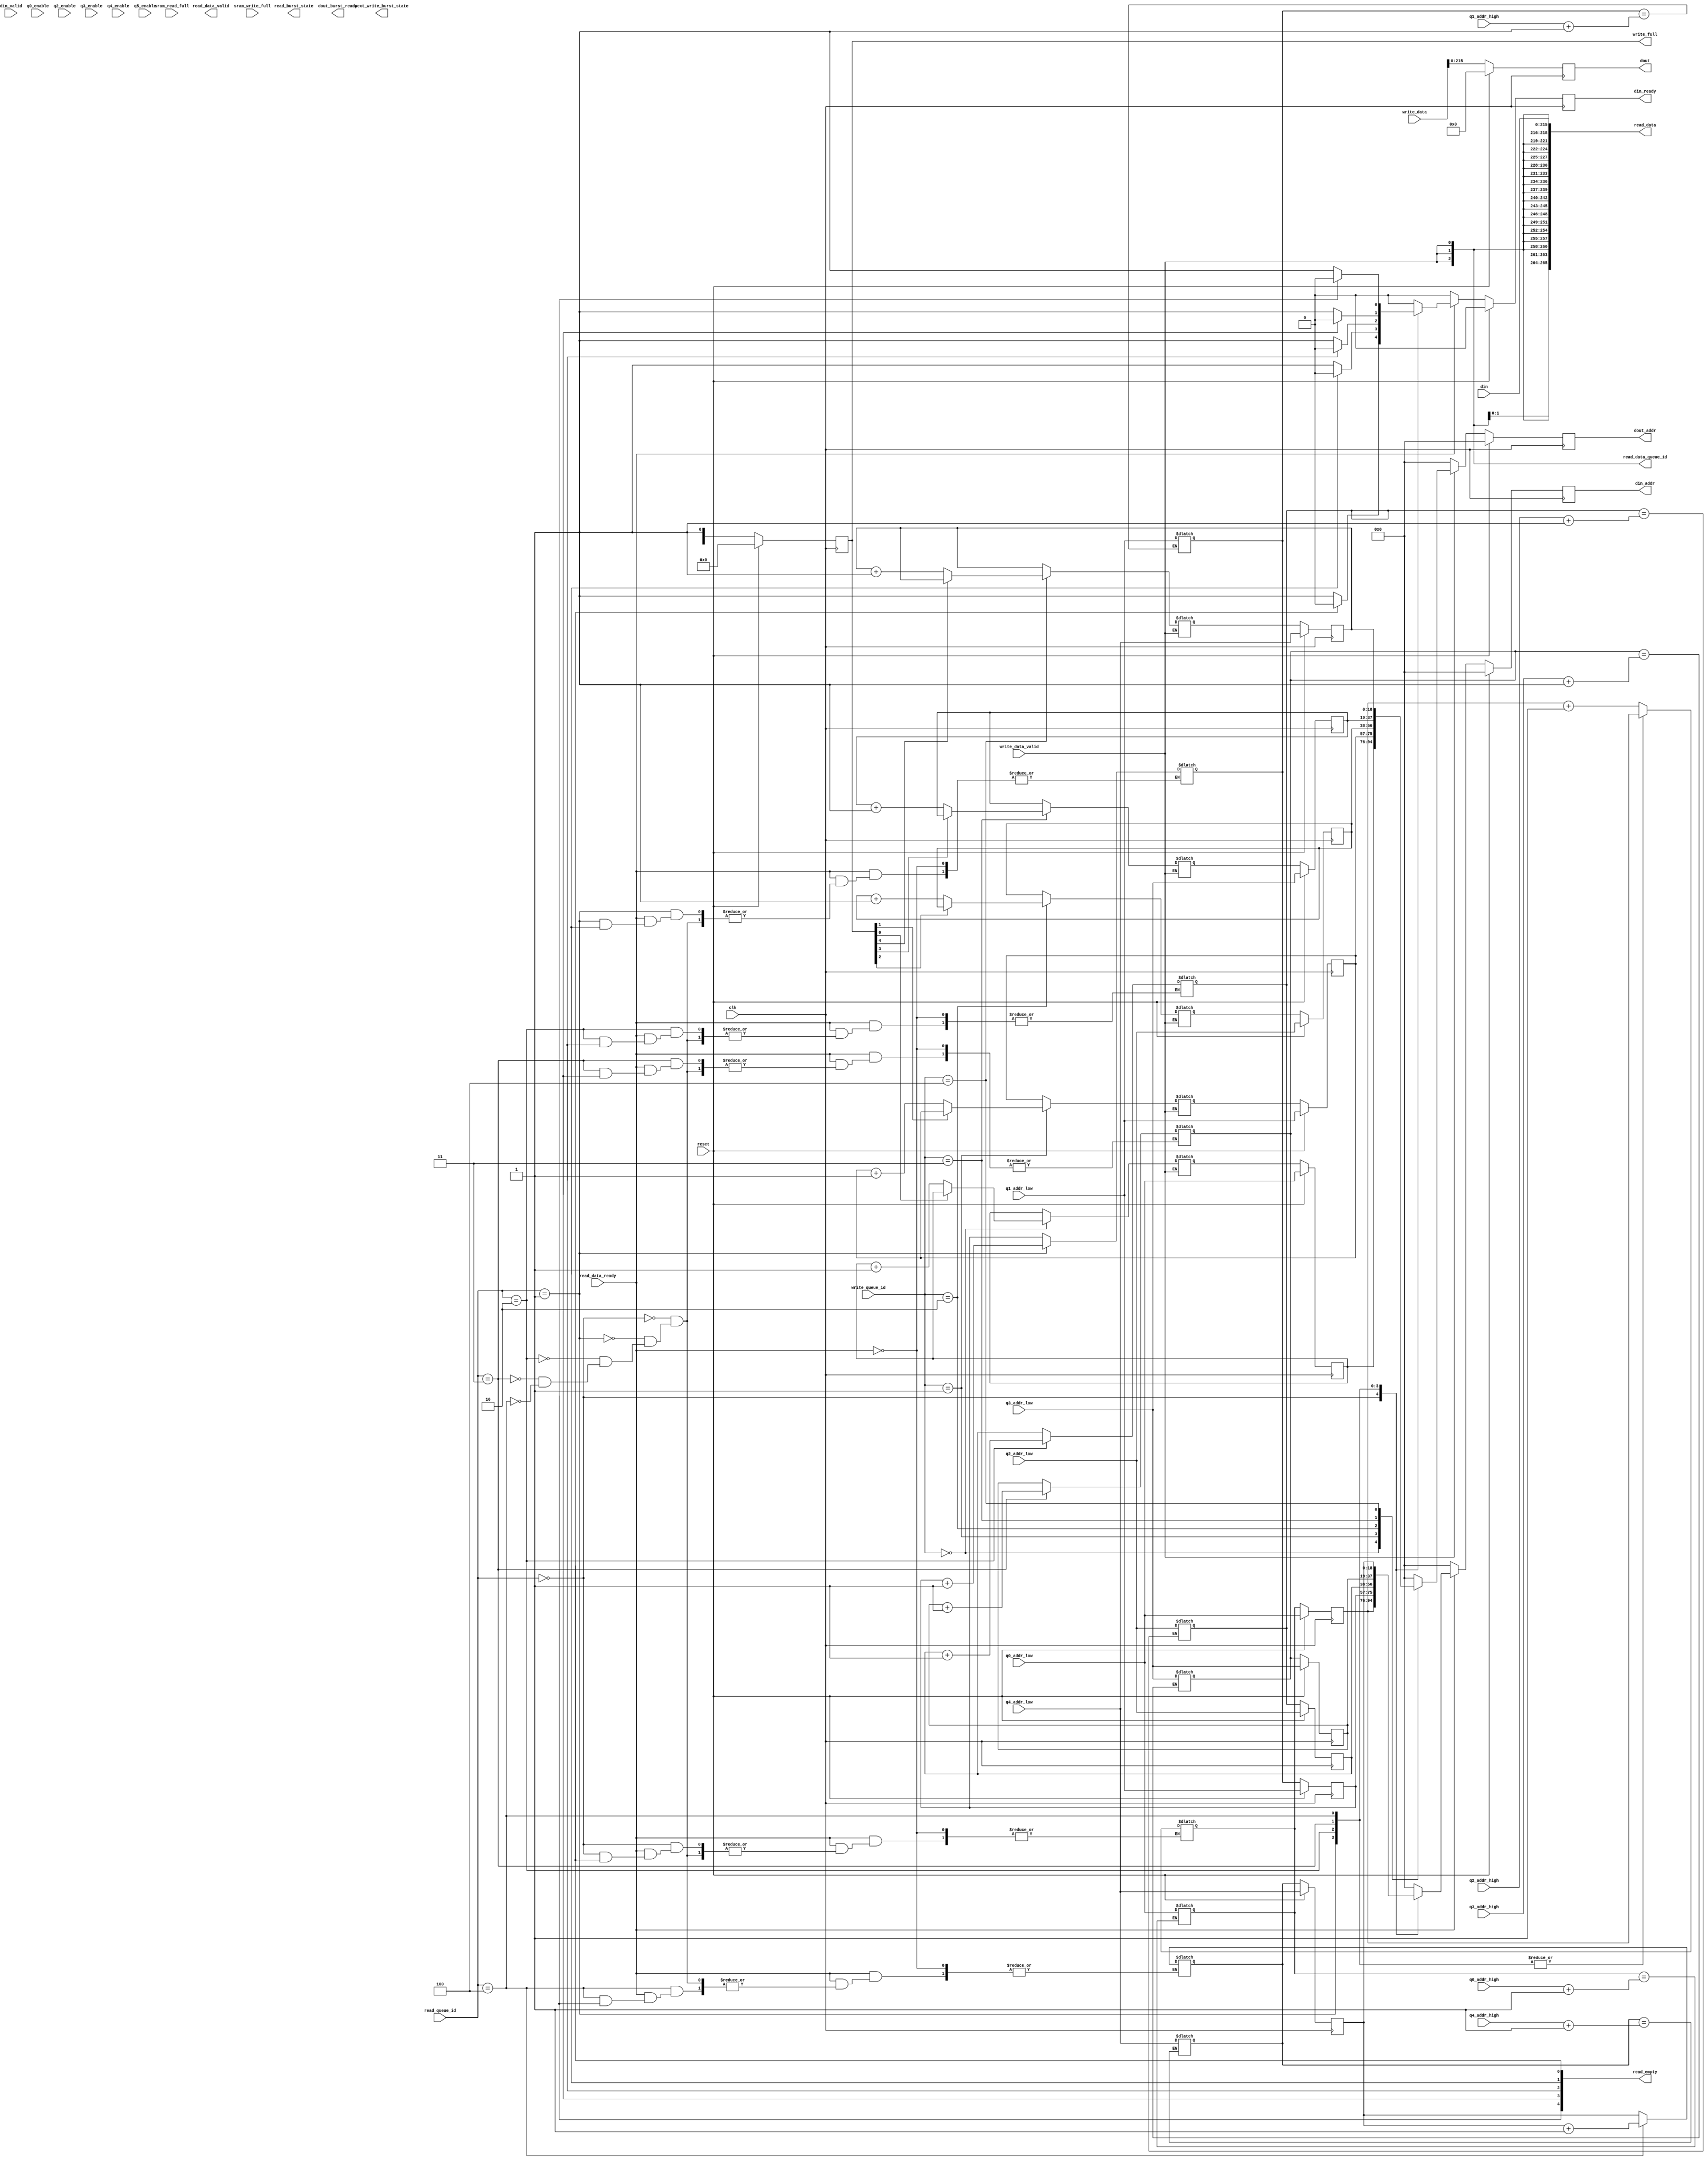
module FifoMen
#(
///////////////////////////////////////////////////////////////////////////////
// Parameter Definitions
///////////////////////////////////////////////////////////////////////////////
  // Width of AXI data bus in bytes
  parameter integer TDATA_WIDTH         = 32,
  parameter integer TUSER_WIDTH         = 128,
  parameter integer NUM_QUEUES          = 5,
  parameter integer QUEUE_ID_WIDTH      = 3,
  parameter integer NUM_MEM_INPUTS      = 6,
  parameter integer NUM_MEM_CHIPS       = 3,
  parameter integer MEM_WIDTH           = 36,
  parameter integer MEM_ADDR_WIDTH      = 19,
  parameter integer MEM_NUM_WORDS       = 524288,
  parameter integer QUEUE_SIZE          = MEM_NUM_WORDS/NUM_QUEUES
)
(
    input                                   clk,
    input                                   reset,
    input  [(QUEUE_ID_WIDTH-1):0]           read_queue_id,
    output reg [(QUEUE_ID_WIDTH-1):0]       read_data_queue_id,
    input                                   read_data_ready,
    output reg [((8*TDATA_WIDTH+10)-1):0]   read_data,
    output                                  read_data_valid,
    output reg [(NUM_QUEUES-1):0]           read_empty,
    output reg                              read_burst_state,


    input [(QUEUE_ID_WIDTH-1):0]            write_queue_id,
    input [((8*TDATA_WIDTH+10)-1):0]        write_data,
    input                                   write_data_valid, /*need data valid indicator from previous module*/
    output reg [(NUM_QUEUES-1):0]           write_full,
    output reg                              next_write_burst_state,

    input                                   sram_read_full,
    input                                   sram_write_full,
    output reg [(MEM_WIDTH*NUM_MEM_INPUTS-1):0]     dout,
    output reg [(MEM_ADDR_WIDTH-1):0]               dout_addr,
    output reg                                      dout_burst_ready,
    input  [(MEM_WIDTH*NUM_MEM_INPUTS-1):0]         din,
    input  [(NUM_MEM_CHIPS-1):0]                    din_valid,
    output reg [(MEM_ADDR_WIDTH-1):0]               din_addr,
    output reg                                      din_ready,
    
    // Misc, might be assigned by simulation
    input [MEM_ADDR_WIDTH-1:0]              q0_addr_low,
    input [MEM_ADDR_WIDTH-1:0]              q0_addr_high,
    input [MEM_ADDR_WIDTH-1:0]              q1_addr_low,
    input [MEM_ADDR_WIDTH-1:0]              q1_addr_high,
    input [MEM_ADDR_WIDTH-1:0]              q2_addr_low,
    input [MEM_ADDR_WIDTH-1:0]              q2_addr_high,
    input [MEM_ADDR_WIDTH-1:0]              q3_addr_low,
    input [MEM_ADDR_WIDTH-1:0]              q3_addr_high,
    input [MEM_ADDR_WIDTH-1:0]              q4_addr_low,
    input [MEM_ADDR_WIDTH-1:0]              q4_addr_high,
    
    input									q0_enable,
    input                                   q2_enable,
    input                                   q3_enable,
    input                                   q4_enable,
    input                                   q5_enable
);

    function integer log2;
        input integer number;
        begin
            log2=0;
            while(2**log2<number) begin
                log2=log2+1;
            end
        end
    endfunction
    
    localparam MEM_ADDR_WIDTH_QUE = log2(MEM_NUM_WORDS/NUM_QUEUES);
    localparam MAX_MEM_NUM_WORDS_QUE = 104857;
    

// target queue number is 5
reg [MEM_ADDR_WIDTH-1:0]        q0_wr_addr;
reg [MEM_ADDR_WIDTH-1:0]        q0_rd_addr;
reg [MEM_ADDR_WIDTH-1:0]        q1_wr_addr;
reg [MEM_ADDR_WIDTH-1:0]        q1_rd_addr;
reg [MEM_ADDR_WIDTH-1:0]        q2_wr_addr;
reg [MEM_ADDR_WIDTH-1:0]        q2_rd_addr;
reg [MEM_ADDR_WIDTH-1:0]        q3_wr_addr;
reg [MEM_ADDR_WIDTH-1:0]        q3_rd_addr;
reg [MEM_ADDR_WIDTH-1:0]        q4_wr_addr;
reg [MEM_ADDR_WIDTH-1:0]        q4_rd_addr;

reg [MEM_ADDR_WIDTH-1:0]        next_din_addr;

reg [MEM_ADDR_WIDTH-1:0]        read_addr       [(NUM_QUEUES-1):0];
reg [MEM_ADDR_WIDTH-1:0]        next_read_addr  [(NUM_QUEUES-1):0];
reg [MEM_ADDR_WIDTH-1:0]        write_addr      [(NUM_QUEUES-1):0];
reg [MEM_ADDR_WIDTH-1:0]        next_write_addr [(NUM_QUEUES-1):0];

reg                             mem_full        [(NUM_QUEUES-1):0];

reg [MEM_ADDR_WIDTH-1:0]        mem_usage       [(NUM_QUEUES-1):0];
reg [MEM_ADDR_WIDTH-1:0]        next_mem_usage  [(NUM_QUEUES-1):0];

reg                             next_din_ready;
reg                             dout_ready;
reg                             next_read_data_valid;

reg [(MEM_WIDTH*NUM_MEM_INPUTS-1):0]    next_dout;
reg [(MEM_ADDR_WIDTH-1):0]          next_dout_addr;
reg [(NUM_QUEUES-1):0]              next_write_full;

// define new circle for queue memory address
always @(*) begin
if (next_read_addr[0] == (q0_addr_high + 19'b1))
    next_read_addr[0] = q0_addr_low;

if (next_read_addr[1] == (q1_addr_high + 19'b1))
    next_read_addr[1] = q1_addr_low;
    
if (next_read_addr[2] == (q2_addr_high + 19'b1))
    next_read_addr[2] = q2_addr_low;
    
if (next_read_addr[3] == (q3_addr_high + 19'b1))
    next_read_addr[3] = q3_addr_low;

if (next_read_addr[4] == (q4_addr_high + 19'b1))
    next_read_addr[4] = q4_addr_low;

end



always @(posedge clk) begin
// more software reset function should be added here
    if(reset) begin
        read_addr[0] <= q0_addr_low;
        write_addr[0] <= q0_addr_low;
        mem_usage[0] <= {(MEM_ADDR_WIDTH-1){1'b0}};
        mem_full[0] <= 0;
        
        read_addr[1] <= q1_addr_low;
        write_addr[1] <= q1_addr_low;
        mem_usage[0] <= {(MEM_ADDR_WIDTH-1){1'b0}};
        mem_full[1] <= 0;
        
        read_addr[2] <= q2_addr_low;
        write_addr[2] <= q2_addr_low;
        mem_usage[0] <= {(MEM_ADDR_WIDTH-1){1'b0}};
        mem_full[2] <= 0;
        
        read_addr[3] <= q3_addr_low;
        write_addr[3] <= q3_addr_low;
        mem_usage[0] <= {(MEM_ADDR_WIDTH-1){1'b0}};
        mem_full[3] <= 0;
        
        read_addr[4] <= q4_addr_low;
        write_addr[4] <= q4_addr_low;
        mem_usage[0] <= {(MEM_ADDR_WIDTH-1){1'b0}};
        mem_full[4] <= 0;
        
        dout <= {(MEM_WIDTH*NUM_MEM_INPUTS){1'b0}};
        dout_addr <= {(MEM_ADDR_WIDTH){1'b0}};
        write_full <= {(NUM_QUEUES){1'b0}};
        din_addr <= {(MEM_ADDR_WIDTH){1'b0}};
        din_ready <= 1'b0;
    end
    else begin
        read_addr[0] <= next_read_addr[0];
        write_addr[0] <= next_write_addr[0];
        mem_usage[0] <= next_mem_usage[0];
        
        read_addr[1] <= next_read_addr[1];
        write_addr[1] <= next_write_addr[1];
        mem_usage[1] <= next_mem_usage[1];
        
        read_addr[2] <= next_read_addr[2];
        write_addr[2] <= next_write_addr[2];
        mem_usage[2] <= next_mem_usage[2];
        
        read_addr[3] <= next_read_addr[3];
        write_addr[3] <= next_write_addr[3];
        mem_usage[3] <= next_mem_usage[3];
        
        read_addr[4] <= next_read_addr[4];
        write_addr[4] <= next_write_addr[4];
        mem_usage[4] <= next_mem_usage[4];
        
        dout <= next_dout;
        dout_addr <= next_dout_addr;
        din_addr <= next_din_addr;
        din_ready <= next_din_ready;
        write_full <= next_write_full;
        
    end
end

always @(*) /*not all the combitional?*/
begin
    // some default assignment
    next_mem_usage[0] = mem_usage[0];
    next_mem_usage[1] = mem_usage[1];
    next_mem_usage[2] = mem_usage[2];
    next_mem_usage[3] = mem_usage[3];
    next_mem_usage[4] = mem_usage[4];
    //
    dout_ready = 1'b0;
    next_din_ready = 1'b0;
    next_din_addr = {(MEM_ADDR_WIDTH){1'b0}};
    next_dout_addr = {(MEM_ADDR_WIDTH){1'b0}};
    next_dout[(8*TDATA_WIDTH+10 - 1) : 0] = write_data;
    next_dout[(8*TDATA_WIDTH+10+QUEUE_ID_WIDTH - 1) : (8*TDATA_WIDTH+10)] = write_queue_id;
    next_dout[8*TDATA_WIDTH+10+QUEUE_ID_WIDTH] = write_data_valid;
        
    read_data = din[(8*TDATA_WIDTH+10)-1:0];
    read_data_queue_id = din[((8*TDATA_WIDTH+10+QUEUE_ID_WIDTH)-1):(8*TDATA_WIDTH+10)];
        
        

    if (read_data_ready) /*read empty*/
    begin
        case (read_queue_id)
        
        'd0:begin
                next_din_addr = read_addr[0];
                next_read_addr[1] = read_addr[1];
                next_read_addr[2] = read_addr[2];
                next_read_addr[3] = read_addr[3];
                next_read_addr[4] = read_addr[4];
                if(!read_empty[0]) begin
                    next_din_ready = 1'b1;
                    next_read_data_valid = 1'b1;
                    
                    next_read_addr[0][MEM_ADDR_WIDTH-1:0] = read_addr[0][(MEM_ADDR_WIDTH-1):0] + 1'b1;
                end
            end
            
        'd1:begin
                next_din_addr = read_addr[1];
                next_read_addr[0] = read_addr[0];
                next_read_addr[2] = read_addr[2];
                next_read_addr[3] = read_addr[3];
                next_read_addr[4] = read_addr[4];
                if(!read_empty[1]) begin
                    next_din_ready = 1'b1;
                    next_read_data_valid = 1'b1;
                    
                    next_read_addr[1][MEM_ADDR_WIDTH-1:0] = read_addr[1][(MEM_ADDR_WIDTH-1):0] + 1'b1;
                end
            end
            
        'd2:begin
                next_din_addr = read_addr[2];
                next_read_addr[1] = read_addr[1];
                next_read_addr[0] = read_addr[0];
                next_read_addr[3] = read_addr[3];
                next_read_addr[4] = read_addr[4];
                if(!read_empty[2]) begin
                    next_din_ready = 1'b1;
                    next_read_data_valid = 1'b1;
                    
                    next_read_addr[2][MEM_ADDR_WIDTH-1:0] = read_addr[2][(MEM_ADDR_WIDTH-1):0] + 1'b1;
                end
            end
            
        'd3:begin
                next_din_addr = read_addr[3];
                next_read_addr[1] = read_addr[1];
                next_read_addr[2] = read_addr[2];
                next_read_addr[0] = read_addr[0];
                next_read_addr[4] = read_addr[4];
                if(!read_empty[3]) begin
                    next_din_ready = 1'b1;
                    next_read_data_valid = 1'b1;
                    
                    next_read_addr[3][MEM_ADDR_WIDTH-1:0] = read_addr[3][(MEM_ADDR_WIDTH-1):0] + 1'b1;
                end
            end
            
        'd4:begin
                next_din_addr = read_addr[4];
                next_read_addr[1] = read_addr[1];
                next_read_addr[2] = read_addr[2];
                next_read_addr[3] = read_addr[3];
                next_read_addr[0] = read_addr[0];
                if(!read_empty[4]) begin
                    next_din_ready = 1'b1;
                    next_read_data_valid = 1'b1;
                    
                    next_read_addr[4][MEM_ADDR_WIDTH-1:0] = read_addr[4][(MEM_ADDR_WIDTH-1):0] + 1'b1;
                end
            end
            
        endcase
    end
        
    if (write_data_valid) begin
        case (write_queue_id)
        'd0:begin
                next_dout_addr = write_addr[0];
                next_write_addr[1] = write_addr[1];
                next_write_addr[2] = write_addr[2];
                next_write_addr[3] = write_addr[3];
                next_write_addr[4] = write_addr[4];
                    
                if(!write_full[0]) begin
                    next_write_addr[0][MEM_ADDR_WIDTH-1:0] = write_addr[0][MEM_ADDR_WIDTH-1:0] + 1'b1; 
                    dout_ready = 1'b1;
                end
                else begin
                    next_write_addr[0] = write_addr[0];
                    dout_ready = 1'b0;
                end
                    
            end
        'd1:begin
                next_dout_addr = write_addr[1];
                next_write_addr[0] = write_addr[0];
                next_write_addr[2] = write_addr[2];
                next_write_addr[3] = write_addr[3];
                next_write_addr[4] = write_addr[4];
                    
                if(!write_full[1]) begin
                    next_write_addr[1][MEM_ADDR_WIDTH-1:0] = write_addr[1][MEM_ADDR_WIDTH-1:0] + 1'b1; 
                    dout_ready = 1'b1;
                end
                else begin
                    next_write_addr[1] = write_addr[1];
                    dout_ready = 1'b0;
                end
                
            end
            
        'd2:begin
                next_dout_addr = write_addr[2];
                next_write_addr[1] = write_addr[1];
                next_write_addr[0] = write_addr[0];
                next_write_addr[3] = write_addr[3];
                next_write_addr[4] = write_addr[4];
                    
                if(!write_full[2]) begin
                    next_write_addr[2][MEM_ADDR_WIDTH-1:0] = write_addr[2][MEM_ADDR_WIDTH-1:0] + 1'b1; 
                    dout_ready = 1'b1;
                end
                else begin
                    next_write_addr[2] = write_addr[2];
                    dout_ready = 1'b0;
                end
                
            end
            
        'd3:begin
                next_dout_addr = write_addr[3];
                next_write_addr[1] = write_addr[1];
                next_write_addr[2] = write_addr[2];
                next_write_addr[0] = write_addr[0];
                next_write_addr[4] = write_addr[4];
                    
                if(!write_full[3]) begin
                    next_write_addr[3][MEM_ADDR_WIDTH-1:0] = write_addr[3][MEM_ADDR_WIDTH-1:0] + 1'b1; 
                    dout_ready = 1'b1;
                end
                else begin
                    next_write_addr[3] = write_addr[3];
                    dout_ready = 1'b0;
                end
            end
            
        'd4:begin
                next_dout_addr = write_addr[4];
                next_write_addr[1] = write_addr[1];
                next_write_addr[2] = write_addr[2];
                next_write_addr[3] = write_addr[3];
                next_write_addr[0] = write_addr[0];
                    
                if(!write_full[4]) begin
                    next_write_addr[4][MEM_ADDR_WIDTH-1:0] = write_addr[4][MEM_ADDR_WIDTH-1:0] + 1'b1; 
                    dout_ready = 1'b1;
                end
                else begin
                    next_write_addr[4] = write_addr[4];
                    dout_ready = 1'b0;
                end
            end
        default begin
                    next_write_addr[0] = write_addr[0];
                    next_write_addr[1] = write_addr[1];
                    next_write_addr[2] = write_addr[2];
                    next_write_addr[3] = write_addr[3];
                    next_write_addr[4] = write_addr[4];
                end
        endcase
    end
    
//    rw_same_queue = read_queue_id == write_queue_id;
//    if(next_din_ready && (~dout_ready || ~rw_same_queue)) //(din_ready & ~dout_ready)
//    begin
//        next_num_used[read_queue_id] = num_used[read_queue_id] - 1;
//    end
//    if(dout_ready && (~next_din_ready || ~rw_same_queue))//(dout_ready & ~din_ready)
//    begin
//        next_num_used[write_queue_id] = num_used[write_queue_id] + 1;
//    end

//    next_dout_burst_ready = /*~write_burst_state &&*/ dout_ready;
            
end


endmodule